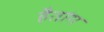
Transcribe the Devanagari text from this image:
हैतांग